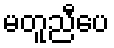
မတူညီပေ